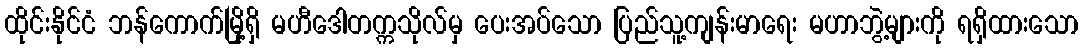
ထိုင်းနိုင်ငံ ဘန်ကောက်မြို့ရှိ မဟီဒေါတက္ကသိုလ်မှ ပေးအပ်သော ပြည်သူ့ကျန်းမာရေး မဟာဘွဲ့များကို ရရှိထားသော